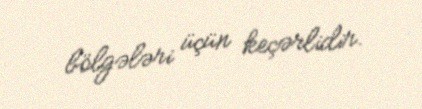
bölgələri üçün keçərlidir.